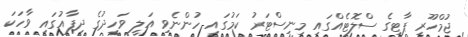
ޖުމްހޫރީ ޕާޓީގެ ސްލޮޓެއްގައި މިނިސްޓަރު ކަމުގައި ހުންނެވި އަލީ ވަހީދުގެ ދިފާއުގައި ވާހަކަ